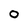
Character: 0